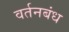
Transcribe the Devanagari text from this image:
वर्तनबंध